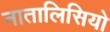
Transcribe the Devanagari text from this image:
नातालिसियो